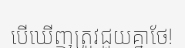
បើឃើញត្រូវជួយគ្នាថែ!